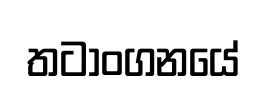
තටාංගනයේ